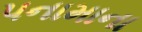
પનામાના